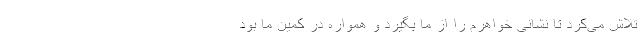
تلاش می‌کرد تا نشانی خواهرم را از ما بگیرد و همواره در کمین ما بود